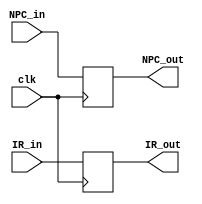
`timescale 1ns / 1ps
module IF_ID_reg(input clk,
    input [31:0] NPC_in,
    input [31:0] IR_in,
    output [31:0] NPC_out,
    output [31:0] IR_out
	 );

reg [31:0] NPC;

reg[31:0]  IR;


assign NPC_out = NPC;

assign IR_out = IR;

always @(posedge clk)
	
	begin
	 NPC <= NPC_in ;
	 
	 IR  <= IR_in ;

	end

endmodule